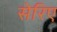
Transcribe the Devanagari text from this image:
सेरिए